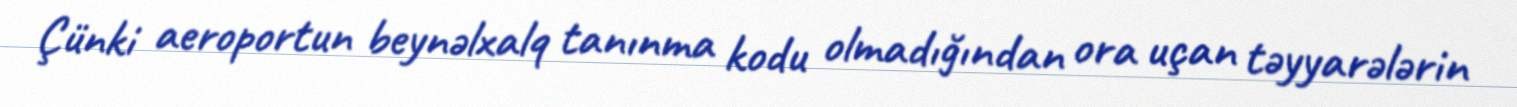
Çünki aeroportun beynəlxalq tanınma kodu olmadığından ora uçan təyyarələrin